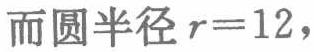
而圆半径 \(r = 12\)，